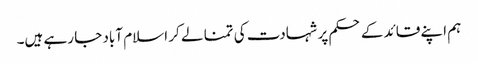
ہم اپنے قائد کے حکم پر شہادت کی تمنا لے کر اسلام آباد جا رہے ہیں۔